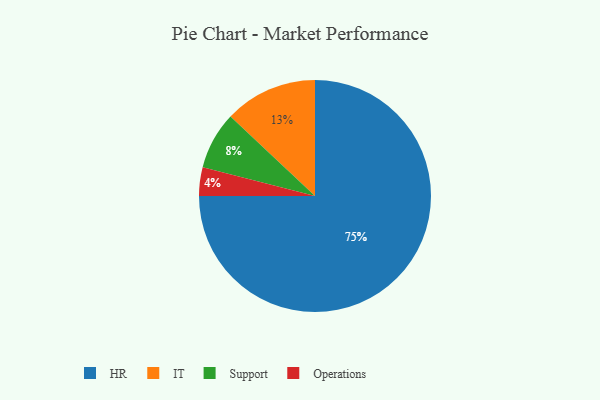
{"axis": {"x": "Category", "y": "Percentage"}, "legend": ["HR", "IT", "Operations", "Support"], "data": [{"x": "IT", "y": 13, "type": "IT"}, {"x": "Operations", "y": 4, "type": "Operations"}, {"x": "Support", "y": 8, "type": "Support"}, {"x": "HR", "y": 75, "type": "HR"}]}